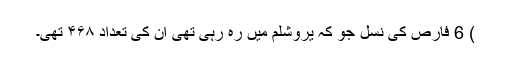
) 6 فارص کی نسل جو کہ یروشلم میں رہ رہی تھی ان کی تعداد ۴۶۸ تھی۔